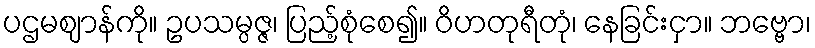
ပဌမဈာန်ကို။ ဥပသမ္ပဇ္ဇ၊ ပြည့်စုံစေ၍။ ဝိဟတုရီတုံ၊ နေခြင်းငှာ။ ဘဗ္ဗော၊